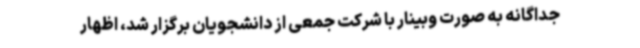
جداگانه به صورت وبینار با شرکت جمعی از دانشجویان برگزار شد، اظهار